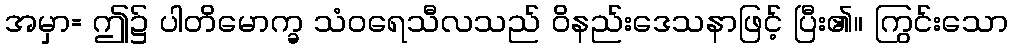
အမှာ= ဤ၌ ပါတိမောက္ခ သံဝရေသီလသည် ဝိနည်းဒေသနာဖြင့် ပြီး၏။ ကြွင်းသော